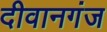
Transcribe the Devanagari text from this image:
दीवानगंज